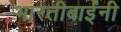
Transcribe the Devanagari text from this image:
भारतीबाईंनी